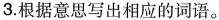
3.根据意思写出相应的词语。